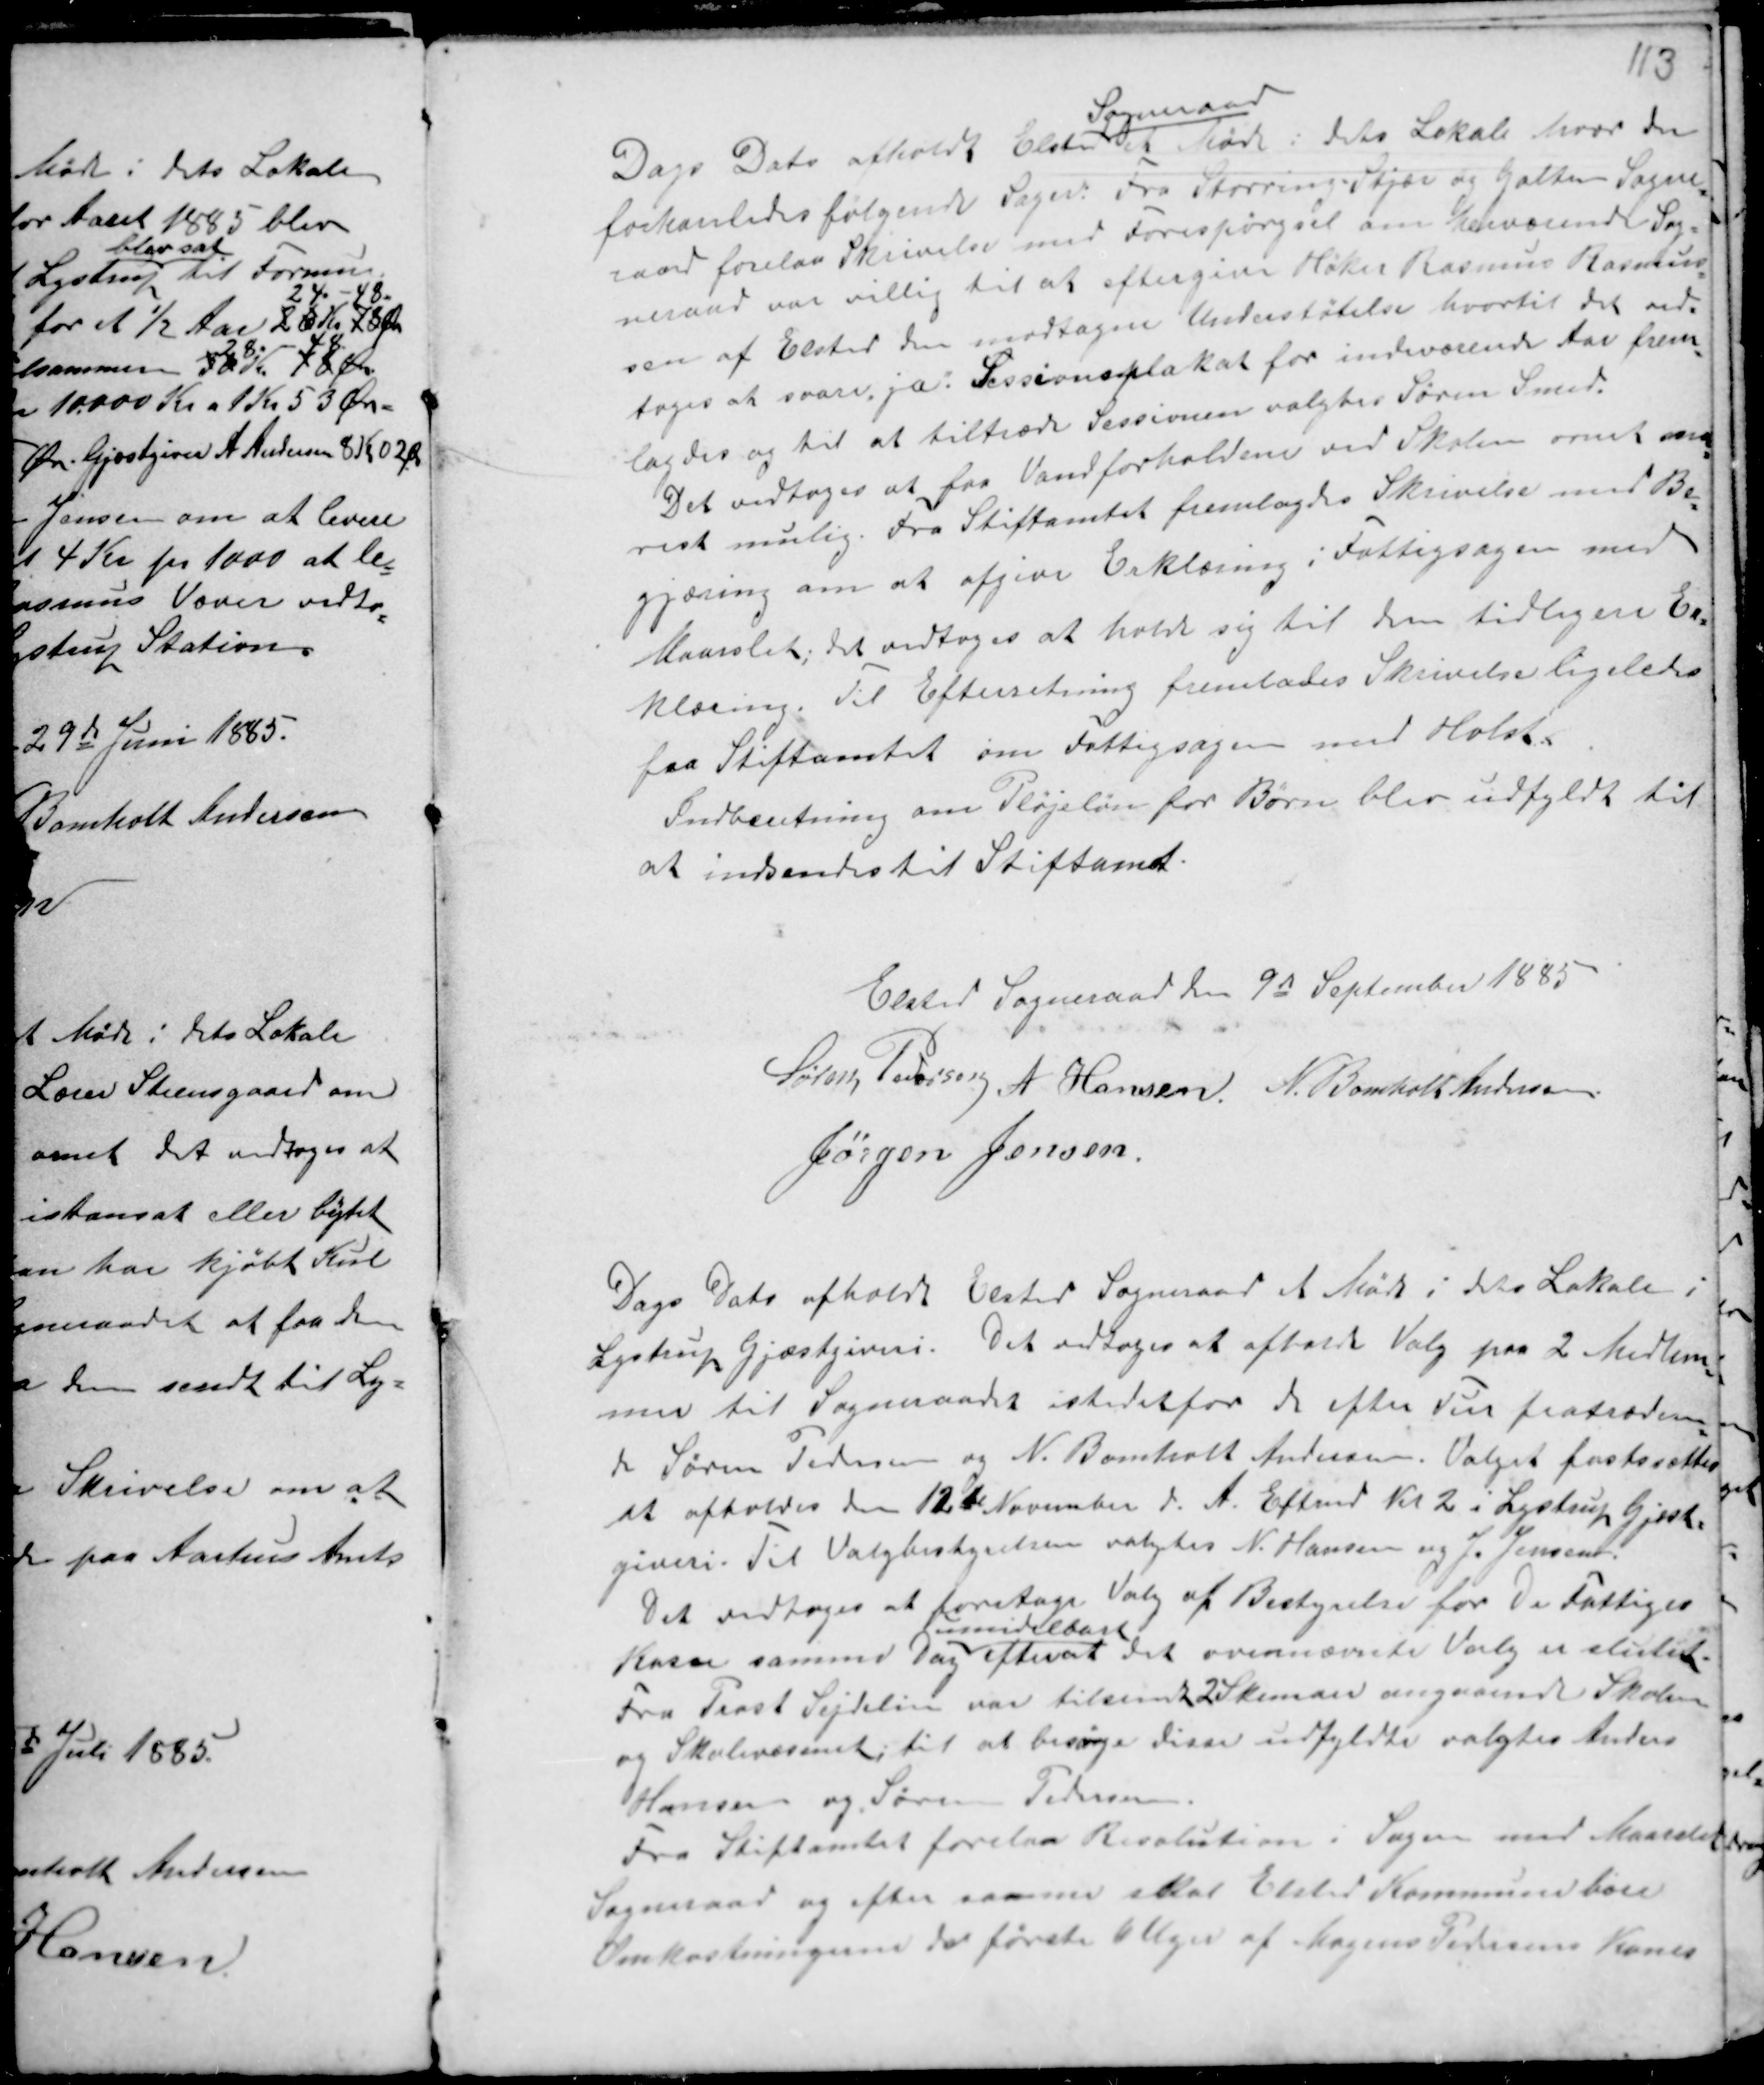
Transskription:
Dags Dato afholdt Elsted
Sogneraad
et Møde i dets Lokale hvor der
forhandledes følgende Sager. Fra Storring - Stjær og Galten Sogne-
raad forelaa Skrivelse med Forespørgsel om herværende Sog-
neraad var villig til at eftergive Høker Rasmus Rasmus-
sen af Elsted den modtagne Understøtelse hvortil det ved-
toges at svare ja: Sessionsplakat for indeværende Aar frem-
lagdes og til at tiltræde Sessionen valgtes Søren Smed.
Det vedtoges at faa Vandforholdene ved Skolen ornet sna-
rest mulig. Fra Stiftamtet fremlagdes Skrivelse med Be-
gjæring om at afgive Erklæring i Fattigsagen med
Maarslet; det vedtoges at holde sig til den tidligere Er-
klæring. Til Efterretning fremlagdes Skrivelse ligeledes
fra Stiftamtet om Fattigsagen mod Holst.
Indberetning om Plejeløn for Børn blev udfyldt til
at indsende til Stiftamet.

Elsted Sogneraad den 9de September 1885
Søren Pedersen A Hansen. N. Bomholt Andersen.
Jørgen Jensen.

Dags Dato afholdt Elsted Sogneraad et Møde i dets Lokale i
Lystrup Gjæstgiveri. Det vedtoges at afholde Valg paa 2 Medlem-
mer til Sogneraadet istedetfor de efter Tur fratræden-
de Søren Pedersen og N. Bomholt Andersen. Valget fastssættes
at afholdes den 12de November d. A. Eftermd Kl 2 i Lystrup Gjæst-
giveri. Til Valgbestyrelsen valgtes N. Hansen og J. Jensen.
Det vedtoges at foretage Valg af Bestyrelse for De Fattiges
Kasse samme Dag
umidelbart
efter at det ovennævnte Valg er slutet.
Fra Prost Sejdelin var tilsendt 2 Skemaer angaaende Skolen
og Skolevæsenet; til at besørge disse udfyldte valgtes Anders
Hansen og Søren Pedersen.
Fra Stiftamtet forelaa Resolution i Sagen med Maarslet
Sogneraad og efter samme skal Elsted Kommune bære
Omkostningerne de første 6 Uger af Mogens Pedersens Kones